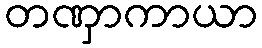
တဏှာကာယာ